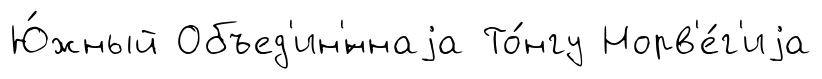
Ю́жный Объед'ин'́ннаjа То́нгу Норв'е́г'иjа